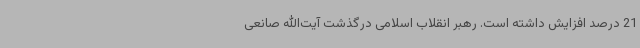
21 درصد افزایش داشته است. رهبر انقلاب اسلامی درگذشت آیت‌الله صانعی